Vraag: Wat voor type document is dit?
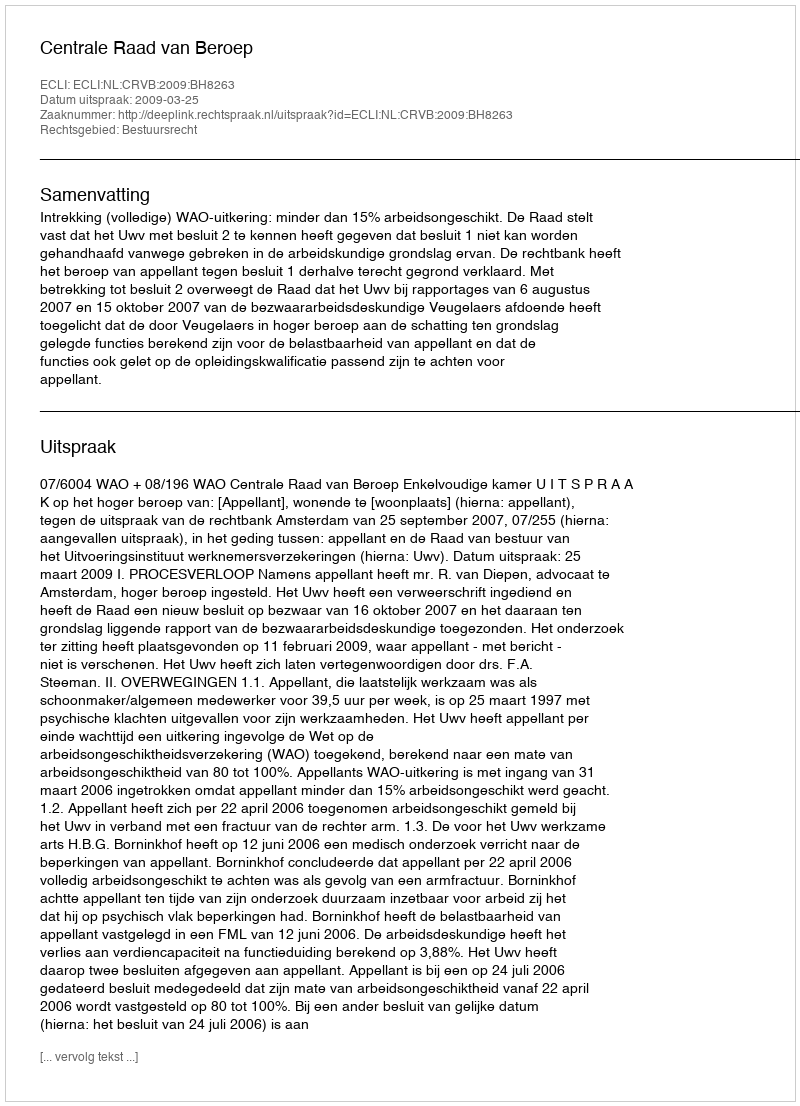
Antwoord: Uitspraak